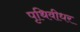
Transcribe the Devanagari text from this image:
पृथिवीधर